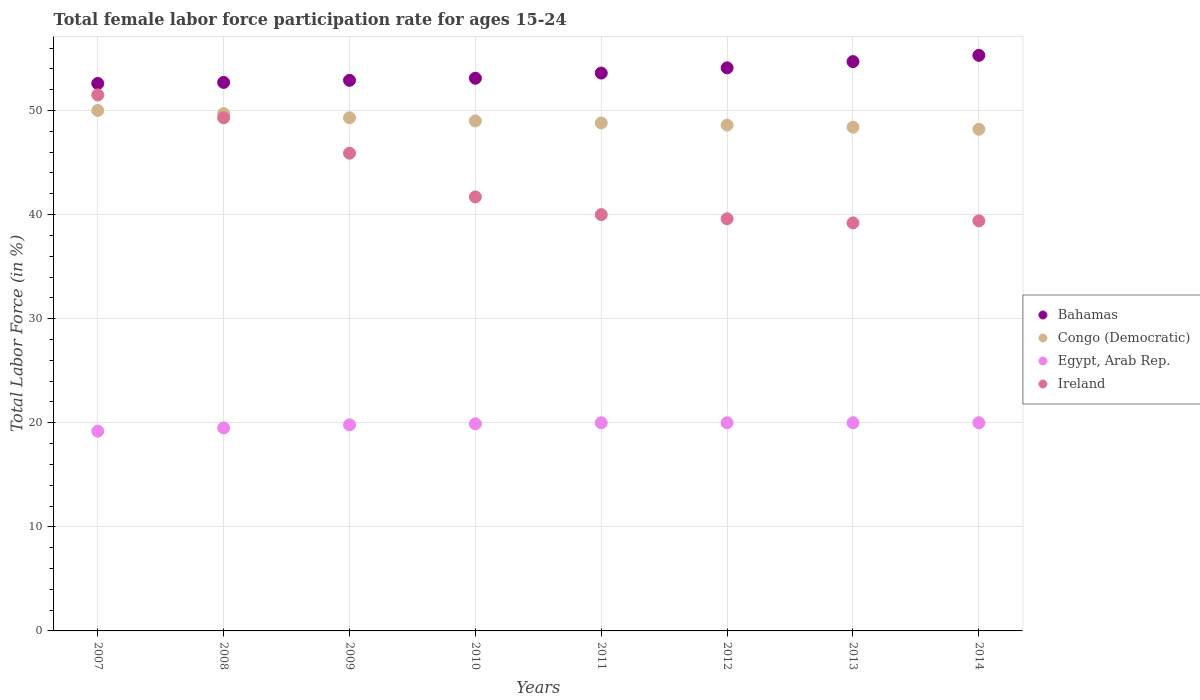
| Years | Bahamas | Congo (Democratic) | Egypt, Arab Rep. | Ireland |
 | --- | --- | --- | --- | --- |
 | 2007 | 52.6 | 50 | 19.2 | 51.5 |
 | 2008 | 52.7 | 49.7 | 19.5 | 49.3 |
 | 2009 | 52.9 | 49.3 | 19.8 | 45.9 |
 | 2010 | 53.1 | 49 | 19.9 | 41.7 |
 | 2011 | 53.6 | 48.8 | 20 | 40 |
 | 2012 | 54.1 | 48.6 | 20 | 39.6 |
 | 2013 | 54.7 | 48.4 | 20 | 39.2 |
 | 2014 | 55.3 | 48.2 | 20 | 39.4 |